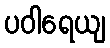
ပဝါရေယျ